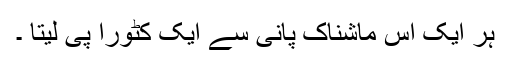
ہر ایک اِس ماشناک پانی سے ایک کٹورا پی لیتا ۔